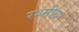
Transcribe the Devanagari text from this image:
रश्मीय